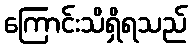
ကြောင်းသိရှိရသည်